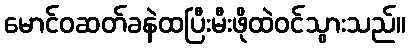
မောင်ဝဆတ်ခနဲထပြီးမီးဖိုထဲဝင်သွားသည်။